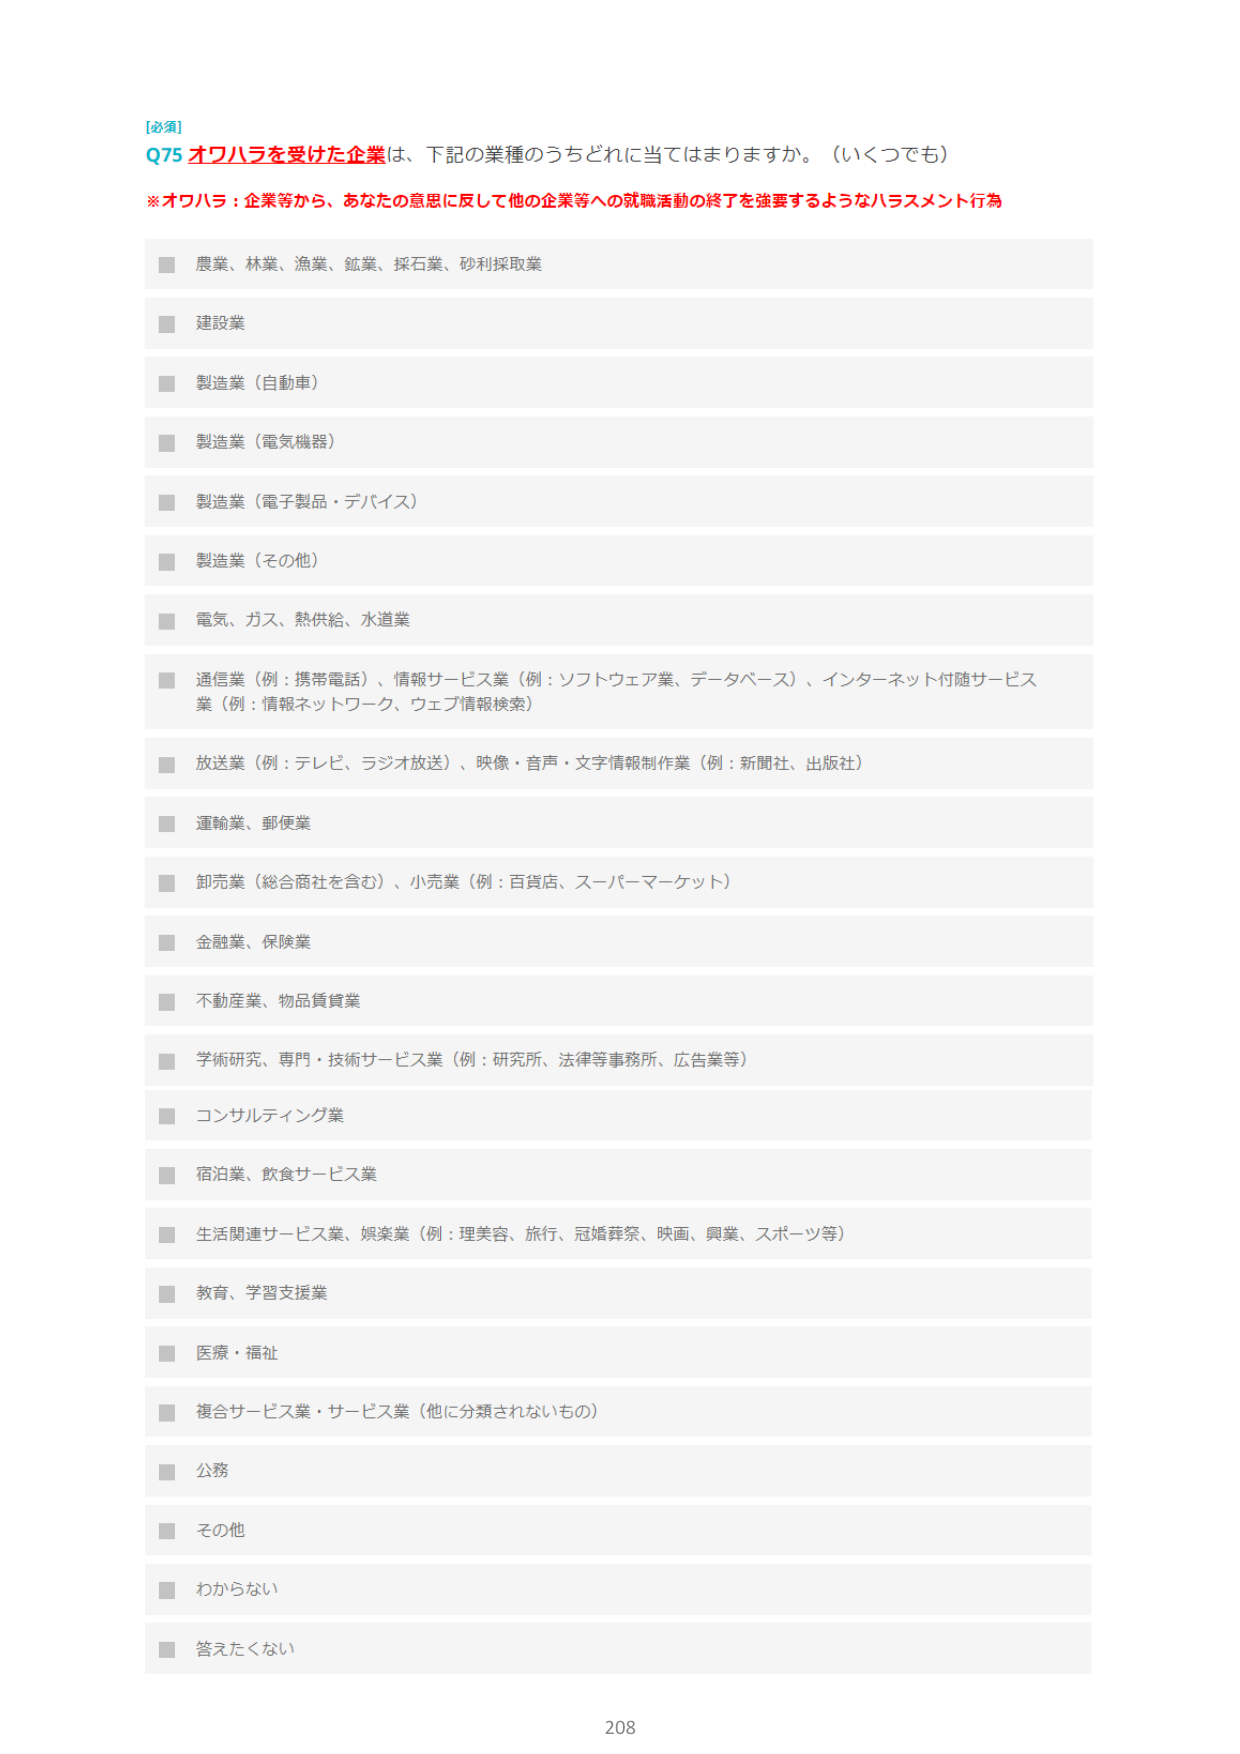
[必須]
Q75 オワハラを受けた企業は、下記の業種のうちどれに当てはまりますか。（いくつでも）
※オワハラ：企業等から、あなたの意思に反して他の企業等への就職活動の終了を強要するようなハラスメント行為

■ 農業、林業、漁業、鉱業、採石業、砂利採取業
■ 建設業
■ 製造業（自動車）
■ 製造業（電気機器）
■ 製造業（電子製品・デバイス）
■ 製造業（その他）
■ 電気、ガス、熱供給、水道業
■ 通信業（例：携帯電話）、情報サービス業（例：ソフトウェア業、データベース）、インターネット付随サービス業（例：情報ネットワーク、ウェブ情報検索）
■ 放送業（例：テレビ、ラジオ放送）、映像・音声・文字情報制作業（例：新聞社、出版社）
■ 運輸業、郵便業
■ 卸売業（総合商社を含む）、小売業（例：百貨店、スーパーマーケット）
■ 金融業、保険業
■ 不動産業、物品賃貸業
■ 学術研究、専門・技術サービス業（例：研究所、法律等事務所、広告業等）
■ コンサルティング業
■ 宿泊業、飲食サービス業
■ 生活関連サービス業、娯楽業（例：理美容、旅行、冠婚葬祭、映画、興業、スポーツ等）
■ 教育、学習支援業
■ 医療・福祉
■ 複合サービス業・サービス業（他に分類されないもの）
■ 公務
■ その他
■ わからない
■ 答えたくない

208